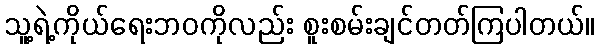
သူ့ရဲ့ကိုယ်ရေးဘဝကိုလည်း စူးစမ်းချင်တတ်ကြပါတယ်။